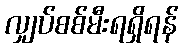
လျှပ်စစ်မီးရရှိရန်